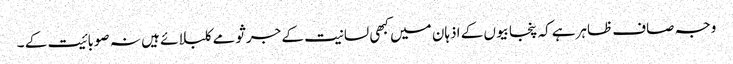
وجہ صاف ظاہرہے کہ پنجابیوں کے اذہان میں کبھی لسانیت کے جرثومے کلبلائے ہیں نہ صوبائیت کے ۔